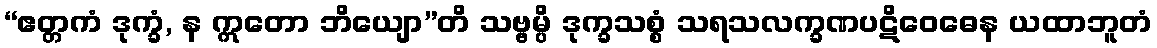
“ဧတ္တကံ ဒုက္ခံ, န ဣတော ဘိယျော”တိ သဗ္ဗမ္ပိ ဒုက္ခသစ္စံ သရသလက္ခဏပဋိဝေဓေန ယထာဘူတံ